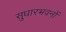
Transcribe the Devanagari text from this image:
सुधारभवनों